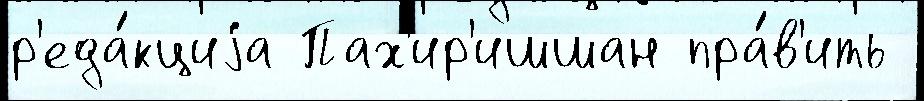
р'еда́кциjа Пах'ир'ишшан пра́в'ить